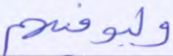
وليوفيهم